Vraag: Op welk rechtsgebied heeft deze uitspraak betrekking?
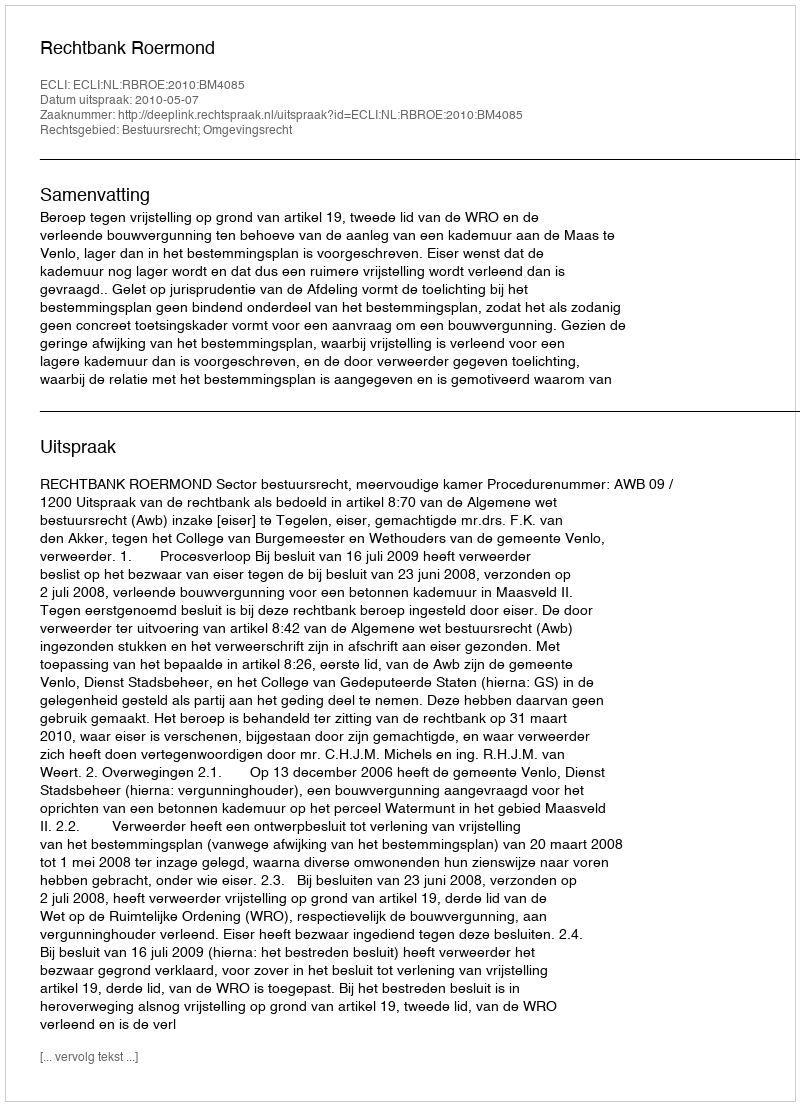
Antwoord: Bestuursrecht; Omgevingsrecht